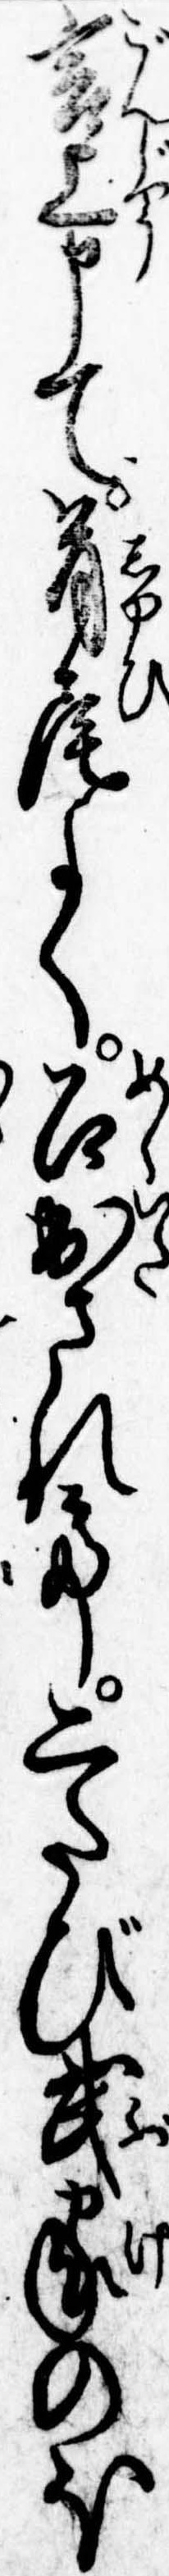
言上申て首尾よく召出されて二たび武家のほ